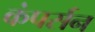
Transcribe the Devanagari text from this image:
कंपर्सन